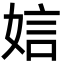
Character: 娮